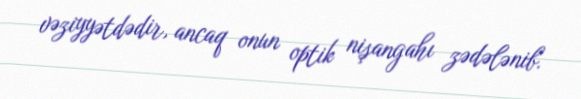
vəziyyətdədir, ancaq onun optik nişangahı zədələnib.